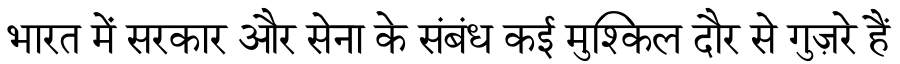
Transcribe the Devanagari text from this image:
भारत में सरकार और सेना के संबंध कई मुश्किल दौर से गुज़रे हैं